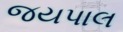
જયપાલ